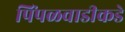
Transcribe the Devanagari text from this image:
पिंपळवाडीकडे